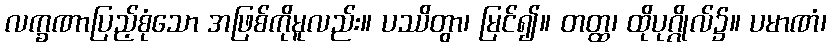
လက္ခဏာပြည့်စုံသော အဖြစ်ကိုမူလည်း။ ပဿိတွာ၊ မြင်၍။ တတ္ထ၊ ထိုပုဂ္ဂိုလ်၌။ ပမာဏံ၊